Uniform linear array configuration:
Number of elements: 8
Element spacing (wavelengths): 1
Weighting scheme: hamming
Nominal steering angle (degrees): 30
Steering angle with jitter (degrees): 30.894
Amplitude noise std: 0.05
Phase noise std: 0.05

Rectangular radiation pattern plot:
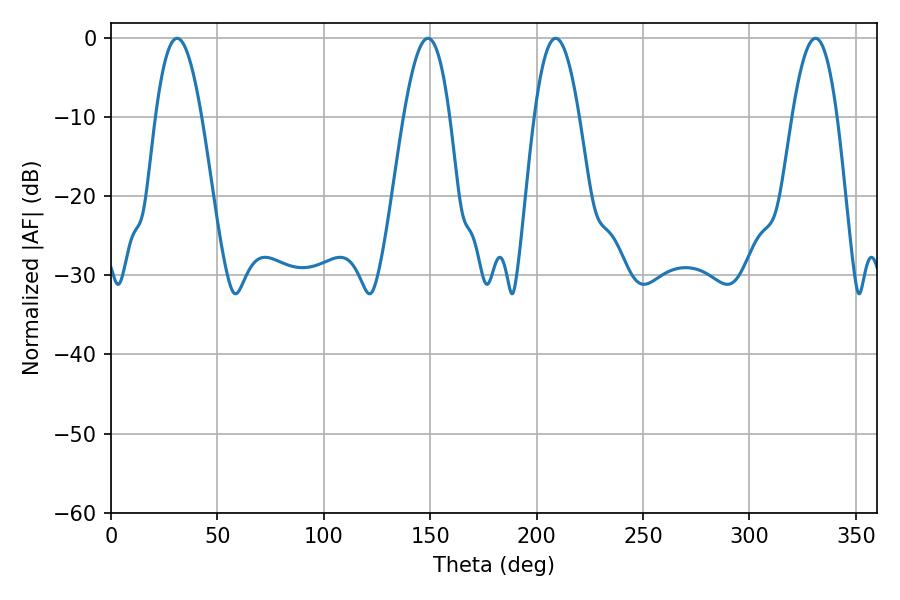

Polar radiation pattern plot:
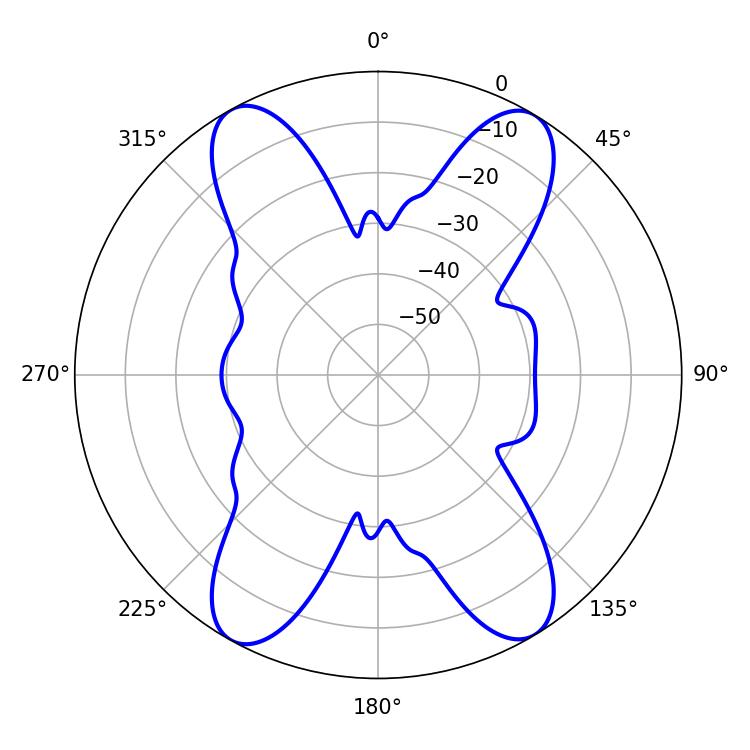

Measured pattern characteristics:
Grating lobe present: TRUE
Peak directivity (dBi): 20.216
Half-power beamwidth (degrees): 11.52
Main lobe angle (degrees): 208.98